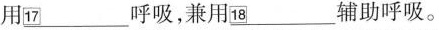
用\underline{\square{17}}呼吸，兼用\underline{\square{18}}辅助呼吸。